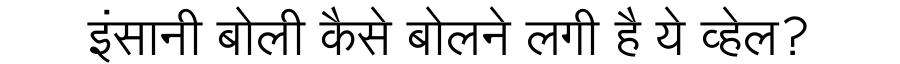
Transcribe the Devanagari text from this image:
इंसानी बोली कैसे बोलने लगी है ये व्हेल?